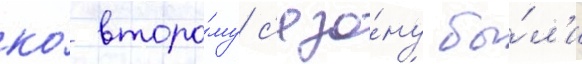
ко́ второ́му с'езо́ну бы́л'и